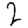
Digit: 2